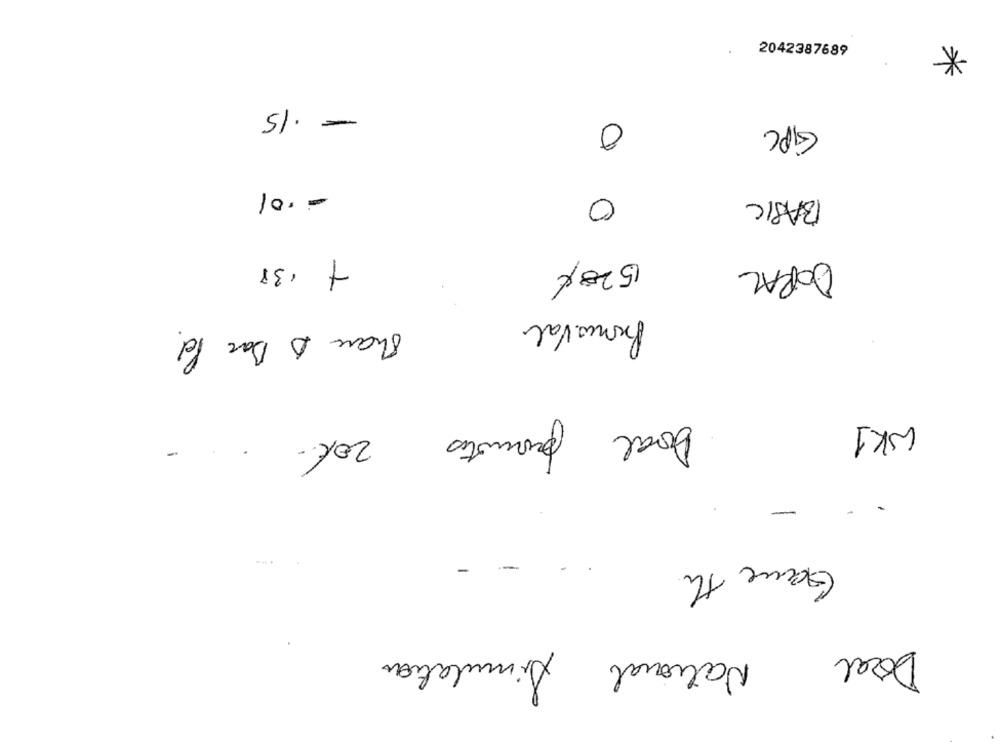
*
2042387689
- 15
0
GiPC
-. 01
0
BASIC
+ .38
1520€
DORAL
Promo Val
Share A Bar Pd.
00
WK1
Doral promotes 20%.
-
-
-
Game th
Doral National Simulation